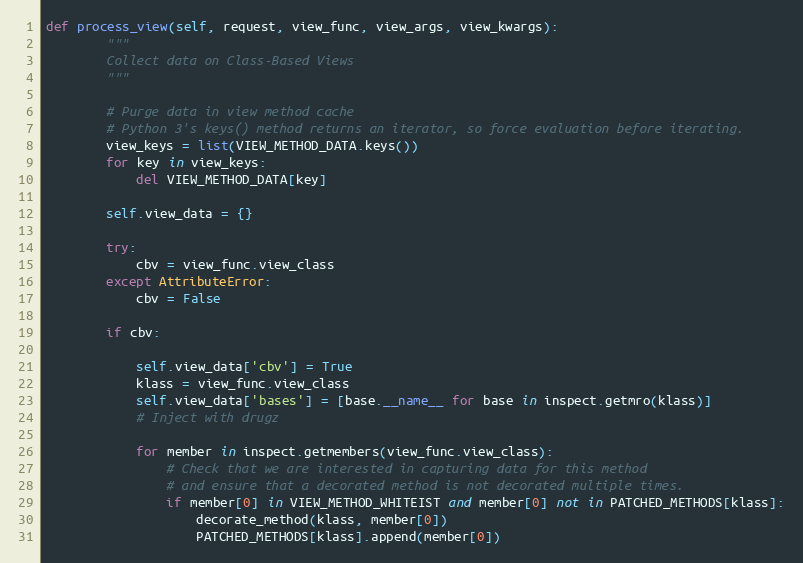
Language: Python
def process_view(self, request, view_func, view_args, view_kwargs):
        """
        Collect data on Class-Based Views
        """

        # Purge data in view method cache
        # Python 3's keys() method returns an iterator, so force evaluation before iterating.
        view_keys = list(VIEW_METHOD_DATA.keys())
        for key in view_keys:
            del VIEW_METHOD_DATA[key]

        self.view_data = {}

        try:
            cbv = view_func.view_class
        except AttributeError:
            cbv = False

        if cbv:

            self.view_data['cbv'] = True
            klass = view_func.view_class
            self.view_data['bases'] = [base.__name__ for base in inspect.getmro(klass)]
            # Inject with drugz

            for member in inspect.getmembers(view_func.view_class):
                # Check that we are interested in capturing data for this method
                # and ensure that a decorated method is not decorated multiple times.
                if member[0] in VIEW_METHOD_WHITEIST and member[0] not in PATCHED_METHODS[klass]:
                    decorate_method(klass, member[0])
                    PATCHED_METHODS[klass].append(member[0])